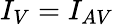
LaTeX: I_{V}=I_{AV}